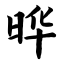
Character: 晔